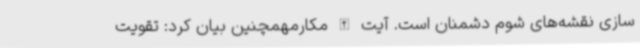
سازی نقشه‌های شوم دشمنان است. آیت الله مکارمهمچنین بیان کرد: تقویت